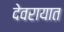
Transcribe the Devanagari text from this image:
देवरायात